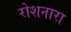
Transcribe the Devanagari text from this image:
रोशनारा